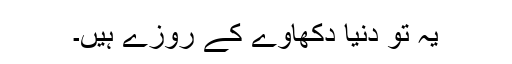
یہ تو دنیا دکھاوے کے روزے ہیں۔